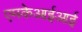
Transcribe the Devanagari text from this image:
एमकेआईआई